Leningradi_Edasi_toimetus, lk 95
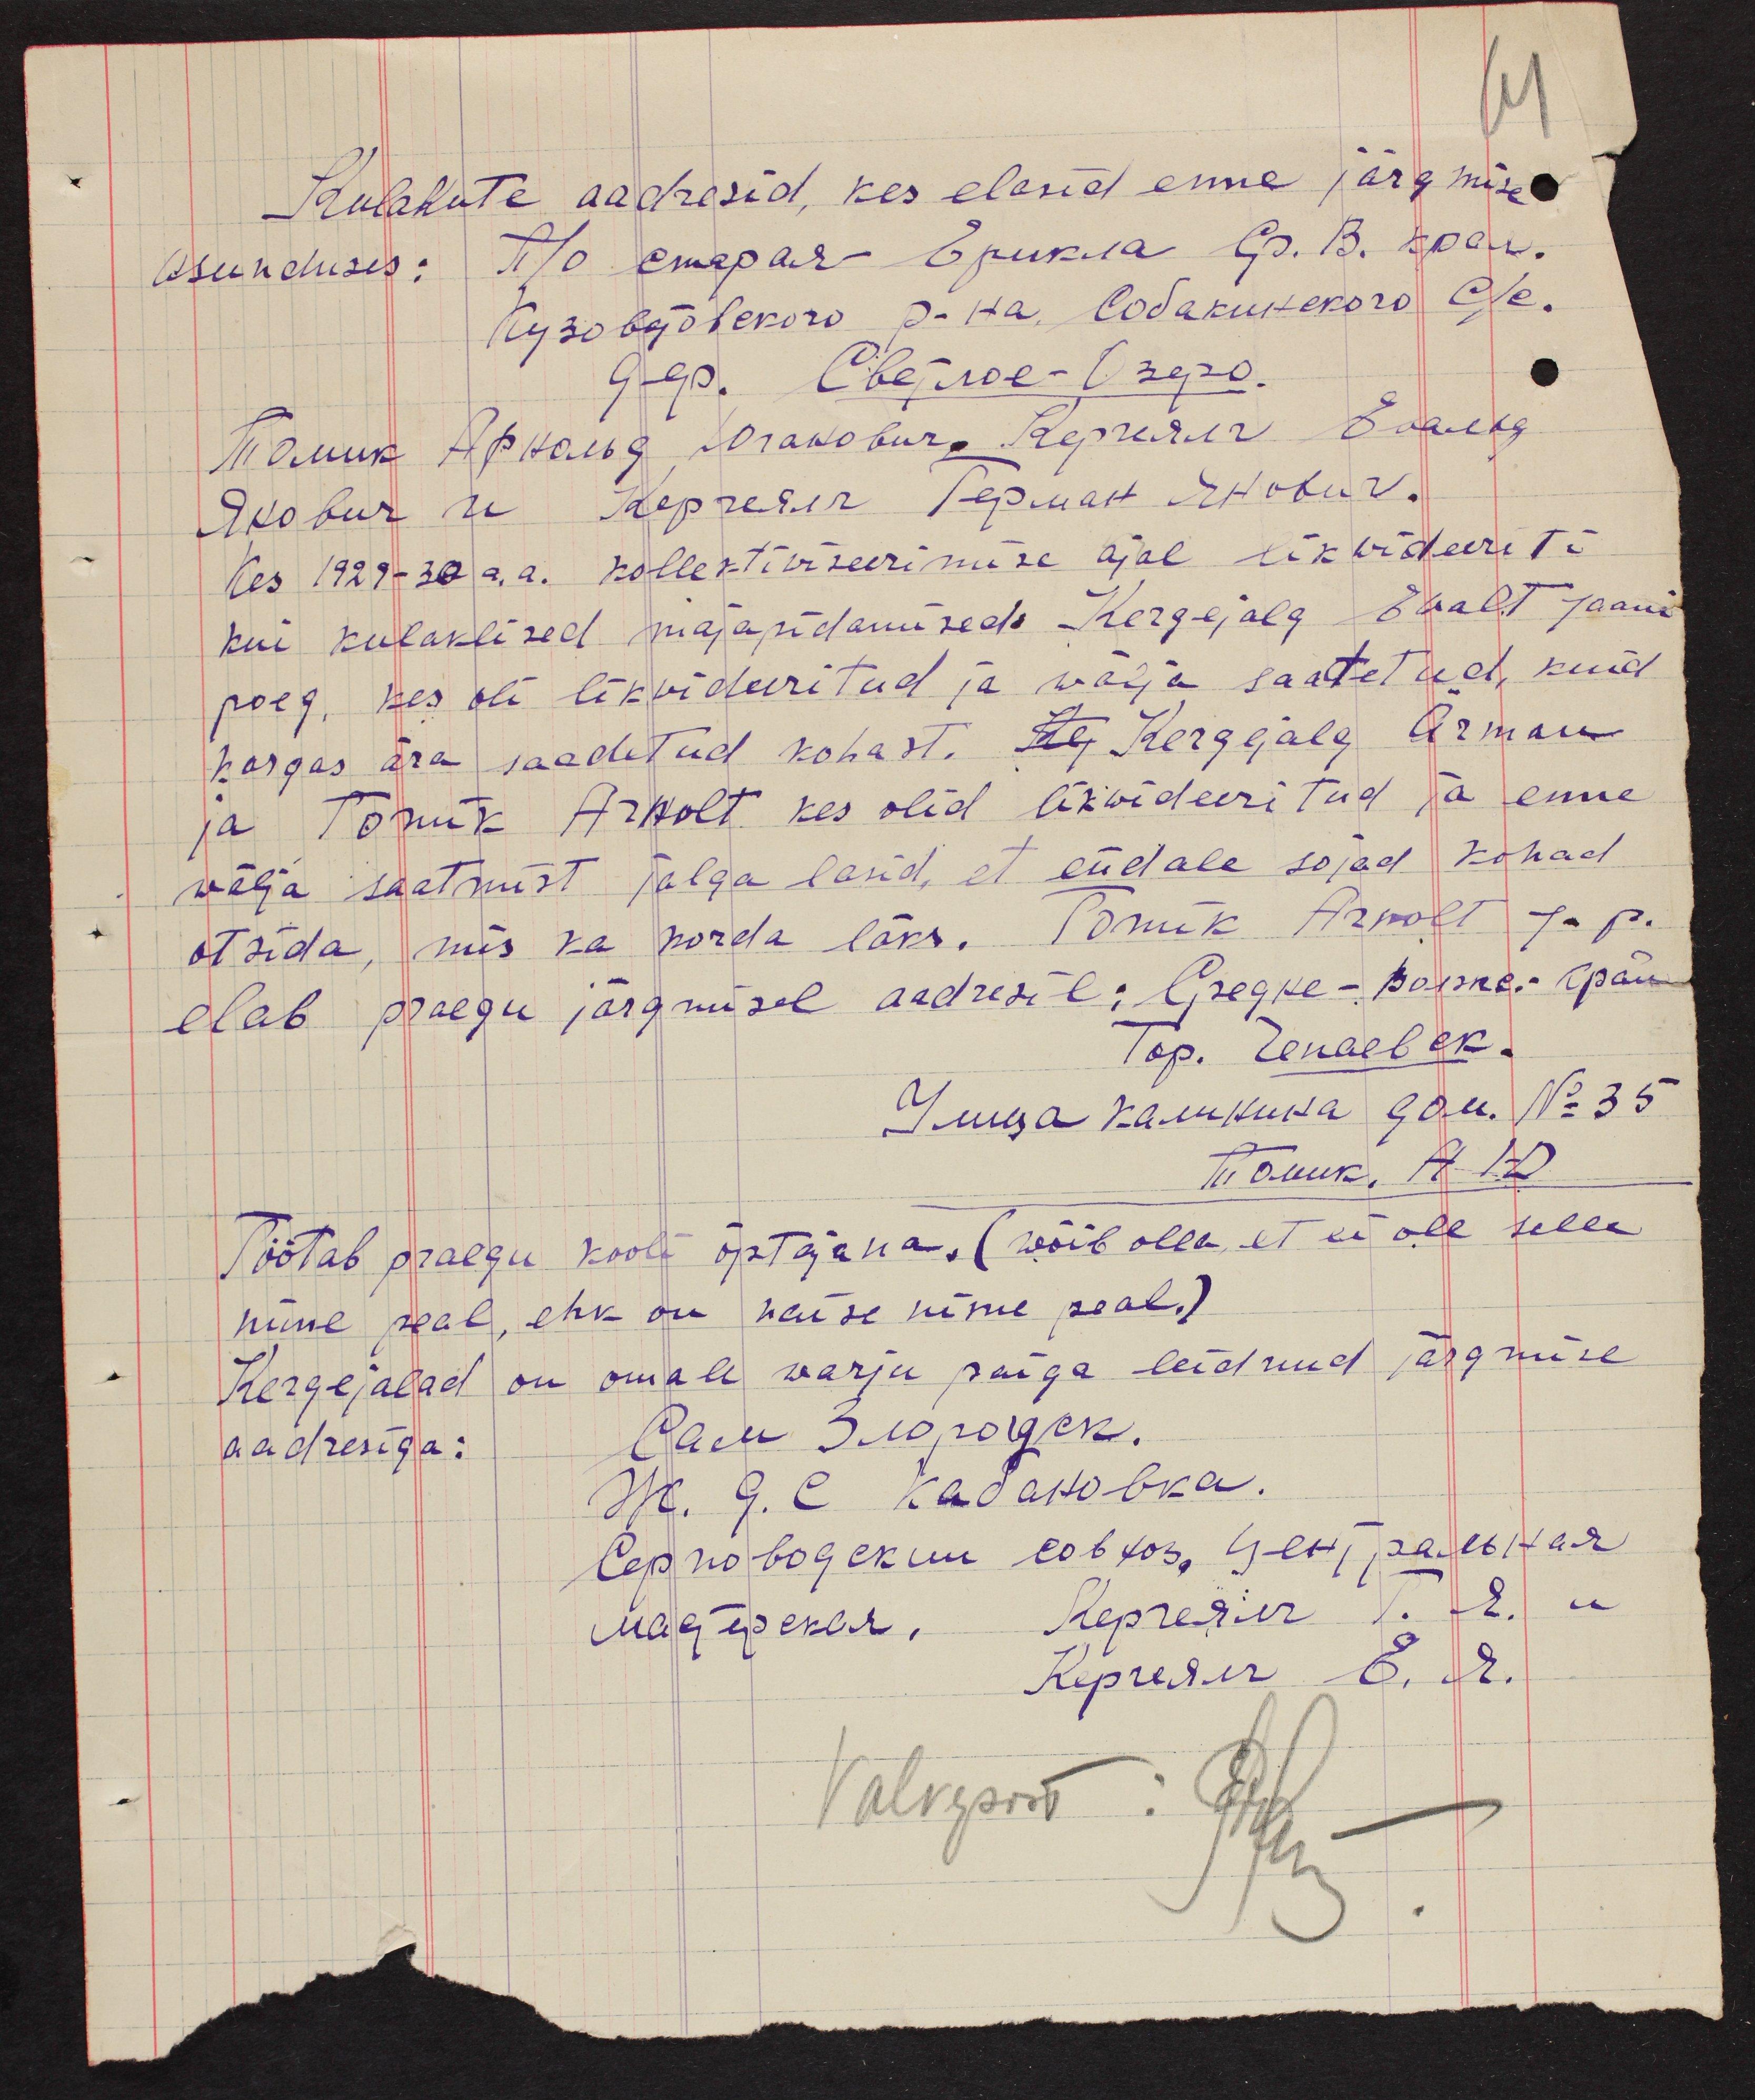
61
Kulakute aadresid, kes elasid enne järgmise
asunduses: П/о старая Ерикла Ср. В. края
kes 1929-30 a. a. kollektiwiseerimise ajal likwideeriti
kui kulaklised majapidamised:  Kergejalg Ewalt Jaani
poeg, kes oli likwideeritud ja wälja saatetud, kuid
kargas ära saadetud kohast. Kej Kergejalg Ärman
ja Tomik Arnolt kes olid likwideeritud ja enne
wälja saatmist jalga lasid, et endale sojad kohad
otsida, mis ka korda läks. Tomik Arnolt ja p.
elab praegu järgmisel aadressil: Средне-Волжс. край
Töötab praegu kooli õptajana, (wõib olla, et ei ole selle
nime peal, ehk on naise nime peal.)
Kergejalad on omale warju paiga leidnud järgmise
aadresiga:
Valvepost: Jur